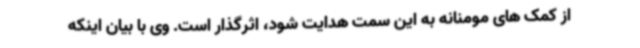
از کمک های مومنانه به این سمت هدایت شود، اثرگذار است. وی با بیان اینکه